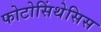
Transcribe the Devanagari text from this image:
फोटोसिंथेसिस